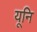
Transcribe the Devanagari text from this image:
यूनि